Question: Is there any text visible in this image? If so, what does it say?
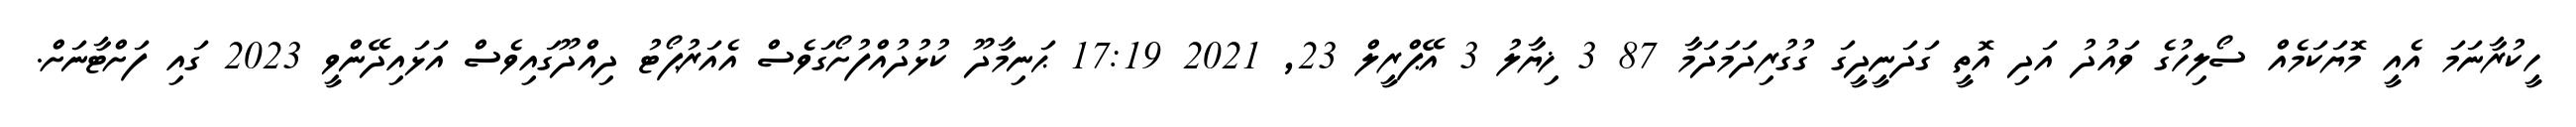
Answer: ހީކުރާނަމަ އެއީ މޮޔަކަމެއް ސޯލިހުގެ ވައުދު އަދި އޮތީ ގަދަނީދީގަ ގުގުރިދަމަދަމާ 87 3 ޚިޔާލު 3 އޭޕްރީލް 23, 2021 17:19 ޙަނިމާދޫ ކުޅުދުއްފުށޯގަވެސް އެއަރުޕޯޓު ދިއްދޫގައިވެސް އަޅައިދޭންވީ 2023 ގައި ފަށްޓާނަށް.